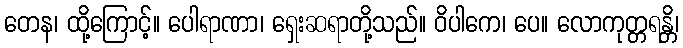
တေန၊ ထို့ကြောင့်။ ပေါရာဏာ၊ ရှေးဆရာတို့သည်။ ဝိပါကေ၊ ပေ။ လောကုတ္တရန္တိ၊